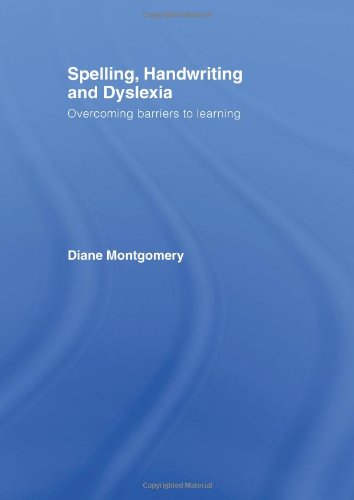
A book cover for Spelling, Handwriting and Dyslexia: Overcoming Barriers to Learning; Diane Montgomery; Reference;